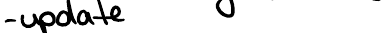
- update